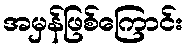
အမှန်ဖြစ်ကြောင်း